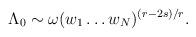
LaTeX: \begin{align*}\Lambda_0\sim \omega (w_1 \ldots w_N)^{(r-2s)/r} .\end{align*}